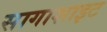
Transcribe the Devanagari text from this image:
सागाशाइट